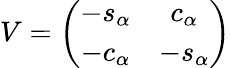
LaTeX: V=\left(\begin{array}{cc}{{-s_{\alpha}}}&{{c_{\alpha}}}\\ {{-c_{\alpha}}}&{{-s_{\alpha}}}\end{array}\right)